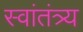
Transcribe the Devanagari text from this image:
स्वांतंत्र्य